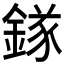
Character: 𨪂